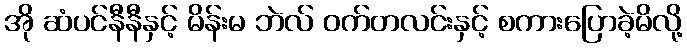
အို ဆံပင်နီနီနှင့် မိန်းမ ဘဲလ် ဝက်တလင်းနှင့် စကားပြောခဲ့မိလို့